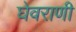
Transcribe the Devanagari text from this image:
घेवराणी